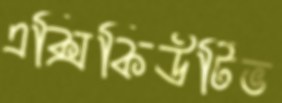
এক্সিকিউটিভ